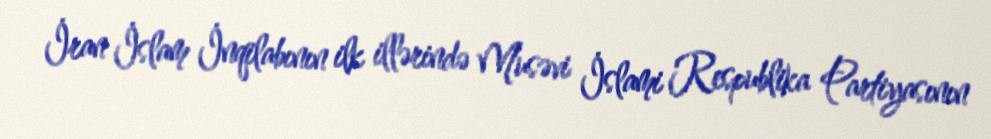
İran İslam İnqilabının ilk illərində Musəvi İslami Respublika Partiyasının